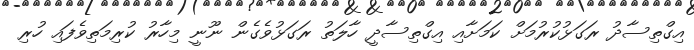
އިގްތިސާދު ރަގަޅުކުރުމަށް ކަމަށާއި އިގްތިސާދީ ހާލަތު ރަގަޅުވެގެން ނޫނީ މިހާރު ކުރިމަތިވެފައި ހުރި